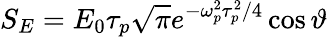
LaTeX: S_{E}=E_{0}\tau_{p}\sqrt{\pi}e^{-\omega_{p}^{2}\tau_{p}^{2}/4}\cos\vartheta